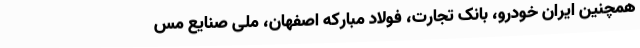
همچنین ایران خودرو، بانک تجارت، فولاد مبارکه اصفهان، ملی صنایع مس